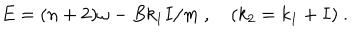
LaTeX: E = ( n + 2 ) \omega - { B } k _ { 1 } I / m \ , \quad ( k _ { 2 } = k _ { 1 } + I ) \ .